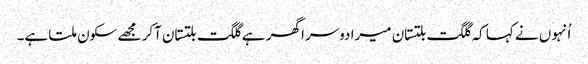
اُنہوں نے کہا کہ گلگت بلتستان میرا دوسرا گھر ہے گلگت بلتستان آکر مجھے سکون ملتا ہے۔